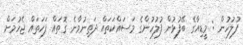
ފުލުހުން : މީޑިއާގެ ބޭފުޅުން ފުލުހުންގެ މަސައްކަތައް ދަތިނުވާނެ ގޮތައް ފަހަތައް ޖެހުމަށް